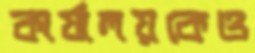
কার্যালয়কেও